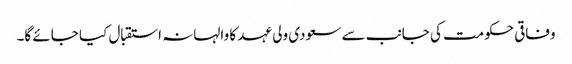
وفاقی حکومت کی جانب سے سعودی ولی عہد کا والہانہ استقبال کیا جائے گا۔